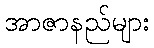
အာဇာနည်များ